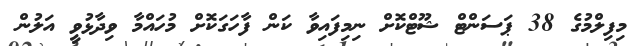
މިފިލްމުގެ 38 ޕަސަންޓް ޝޫޓްކޮށް ނިމިފައިވާ ކަން ފާހަގަކޮށް މުހައްމާ ވިދާޅުވީ އަލުން